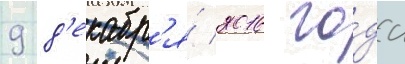
9 д'екабр'я́ 2016 го́да